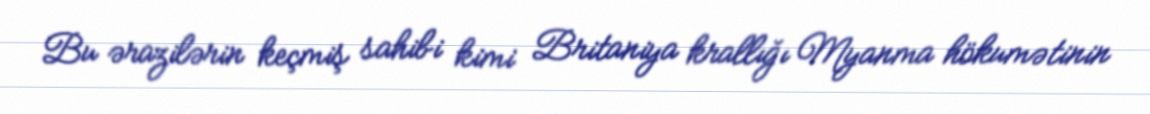
Bu ərazilərin keçmiş sahibi kimi Britaniya krallığı Myanma hökumətinin